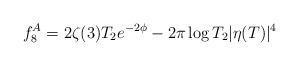
LaTeX: \begin{align*}f_8^A = 2\zeta(3) T_2 e^{-2\phi} - 2\pi\log T_2 |\eta(T)|^4\end{align*}